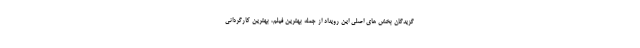
گزیدگان بخش های اصلی این رویداد از جمله بهترین فیلم، بهترین کارگردانی